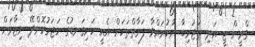
ގްރީން ޓީ އަދި ތަޖުރިބާ ނުކުރައްވާ ފަރާތްތަކަށް އެއީ ހަށިގަނޑުގެ ހަޖަމުކޮށްދޭ ނިޒާމަށް